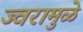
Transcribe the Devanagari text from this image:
ज्वरामुळे